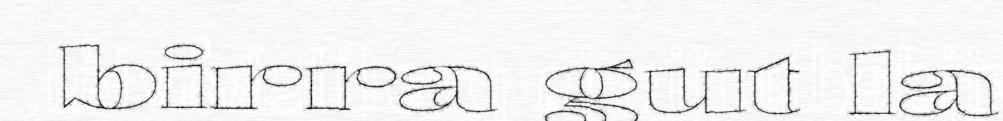
birra gut la